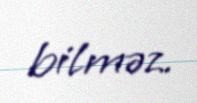
bilməz.